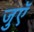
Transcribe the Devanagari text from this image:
जुएॅ